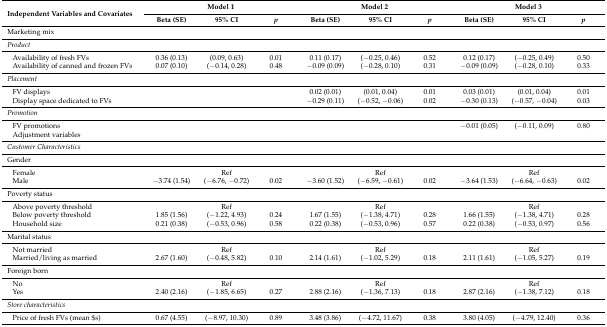
<table><thead><tr><td rowspan="2"><b>Independent Variables and Covariates</b></td><td colspan="3"><b>Model 1</b></td><td colspan="3"><b>Model 2</b></td><td colspan="3"><b>Model 3</b></td></tr><tr><td><b>Beta (SE)</b></td><td><b>95% CI</b></td><td><b><i>p</i></b></td><td><b>Beta (SE)</b></td><td><b>95% CI</b></td><td><b><i>p</i></b></td><td><b>Beta (SE)</b></td><td><b>95% CI</b></td><td><b><i>p</i></b></td></tr></thead><tbody><tr><td>Marketing mix</td><td></td><td></td><td></td><td></td><td></td><td></td><td></td><td></td><td></td></tr><tr><td><i>Product</i></td><td></td><td></td><td></td><td></td><td></td><td></td><td></td><td></td><td></td></tr><tr><td>Availability of fresh FVs</td><td>0.36 (0.13)</td><td>(0.09, 0.63)</td><td>0.01</td><td>0.11 (0.17)</td><td>(−0.25, 0.46)</td><td>0.52</td><td>0.12 (0.17)</td><td>(−0.25, 0.49)</td><td>0.50</td></tr><tr><td>Availability of canned and frozen FVs</td><td>0.07 (0.10)</td><td>(−0.14, 0.28)</td><td>0.48</td><td>−0.09 (0.09)</td><td>(−0.28, 0.10)</td><td>0.31</td><td>−0.09 (0.09)</td><td>(−0.28, 0.10)</td><td>0.33</td></tr><tr><td><i>Placement</i></td><td></td><td></td><td></td><td></td><td></td><td></td><td></td><td></td><td></td></tr><tr><td>FV displays</td><td></td><td></td><td></td><td>0.02 (0.01)</td><td>(0.01, 0.04)</td><td>0.01</td><td>0.03 (0.01)</td><td>(0.01, 0.04)</td><td>0.01</td></tr><tr><td>Display space dedicated to FVs</td><td></td><td></td><td></td><td>−0.29 (0.11)</td><td>(−0.52, −0.06)</td><td>0.02</td><td>−0.30 (0.13)</td><td>(−0.57, −0.04)</td><td>0.03</td></tr><tr><td><i>Promotion</i></td><td></td><td></td><td></td><td></td><td></td><td></td><td></td><td></td><td></td></tr><tr><td>FV promotions</td><td></td><td></td><td></td><td></td><td></td><td></td><td>−0.01 (0.05)</td><td>(−0.11, 0.09)</td><td>0.80</td></tr><tr><td>Adjustment variables</td><td></td><td></td><td></td><td></td><td></td><td></td><td></td><td></td><td></td></tr><tr><td><i>Customer Characteristics</i></td><td></td><td></td><td></td><td></td><td></td><td></td><td></td><td></td><td></td></tr><tr><td>Gender</td><td></td><td></td><td></td><td></td><td></td><td></td><td></td><td></td><td></td></tr><tr><td>Female</td><td></td><td>Ref</td><td></td><td></td><td>Ref</td><td></td><td></td><td>Ref</td><td></td></tr><tr><td>Male</td><td>−3.74 (1.54)</td><td>(−6.76, −0.72)</td><td>0.02</td><td>−3.60 (1.52)</td><td>(−6.59, −0.61)</td><td>0.02</td><td>−3.64 (1.53)</td><td>(−6.64, −0.63)</td><td>0.02</td></tr><tr><td>Poverty status</td><td></td><td></td><td></td><td></td><td></td><td></td><td></td><td></td><td></td></tr><tr><td>Above poverty threshold</td><td></td><td>Ref</td><td></td><td></td><td>Ref</td><td></td><td></td><td>Ref</td><td></td></tr><tr><td>Below poverty threshold</td><td>1.85 (1.56)</td><td>(−1.22, 4.93)</td><td>0.24</td><td>1.67 (1.55)</td><td>(−1.38, 4.71)</td><td>0.28</td><td>1.66 (1.55)</td><td>(−1.38, 4.71)</td><td>0.28</td></tr><tr><td>Household size</td><td>0.21 (0.38)</td><td>(−0.53, 0.96)</td><td>0.58</td><td>0.22 (0.38)</td><td>(−0.53, 0.96)</td><td>0.57</td><td>0.22 (0.38)</td><td>(−0.53, 0.97)</td><td>0.56</td></tr><tr><td>Marital status</td><td></td><td></td><td></td><td></td><td></td><td></td><td></td><td></td><td></td></tr><tr><td>Not married</td><td></td><td>Ref</td><td></td><td></td><td>Ref</td><td></td><td></td><td>Ref</td><td></td></tr><tr><td>Married/living as married</td><td>2.67 (1.60)</td><td>(−0.48, 5.82)</td><td>0.10</td><td>2.14 (1.61)</td><td>(−1.02, 5.29)</td><td>0.18</td><td>2.11 (1.61)</td><td>(−1.05, 5.27)</td><td>0.19</td></tr><tr><td>Foreign born</td><td></td><td></td><td></td><td></td><td></td><td></td><td></td><td></td><td></td></tr><tr><td>No</td><td></td><td>Ref</td><td></td><td></td><td>Ref</td><td></td><td></td><td>Ref</td><td></td></tr><tr><td>Yes</td><td>2.40 (2.16)</td><td>(−1.85, 6.65)</td><td>0.27</td><td>2.88 (2.16)</td><td>(−1.36, 7.13)</td><td>0.18</td><td>2.87 (2.16)</td><td>(−1.38, 7.12)</td><td>0.18</td></tr><tr><td><i>Store characteristics</i></td><td></td><td></td><td></td><td></td><td></td><td></td><td></td><td></td><td></td></tr><tr><td>Price of fresh FVs (mean $s)</td><td>0.67 (4.55)</td><td>(−8.97, 10.30)</td><td>0.89</td><td>3.48 (3.86)</td><td>(−4.72, 11.67)</td><td>0.38</td><td>3.80 (4.05)</td><td>(−4.79, 12.40)</td><td>0.36</td></tr></tbody></table>